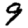
Digit: 9